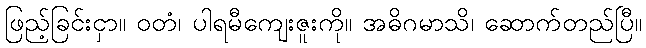
ဖြည့်ခြင်းငှာ။ ဝတံ၊ ပါရမီကျေးဇူးကို။ အဓိဂမာသိ၊ ဆောက်တည်ပြီ။